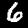
Digit: 6